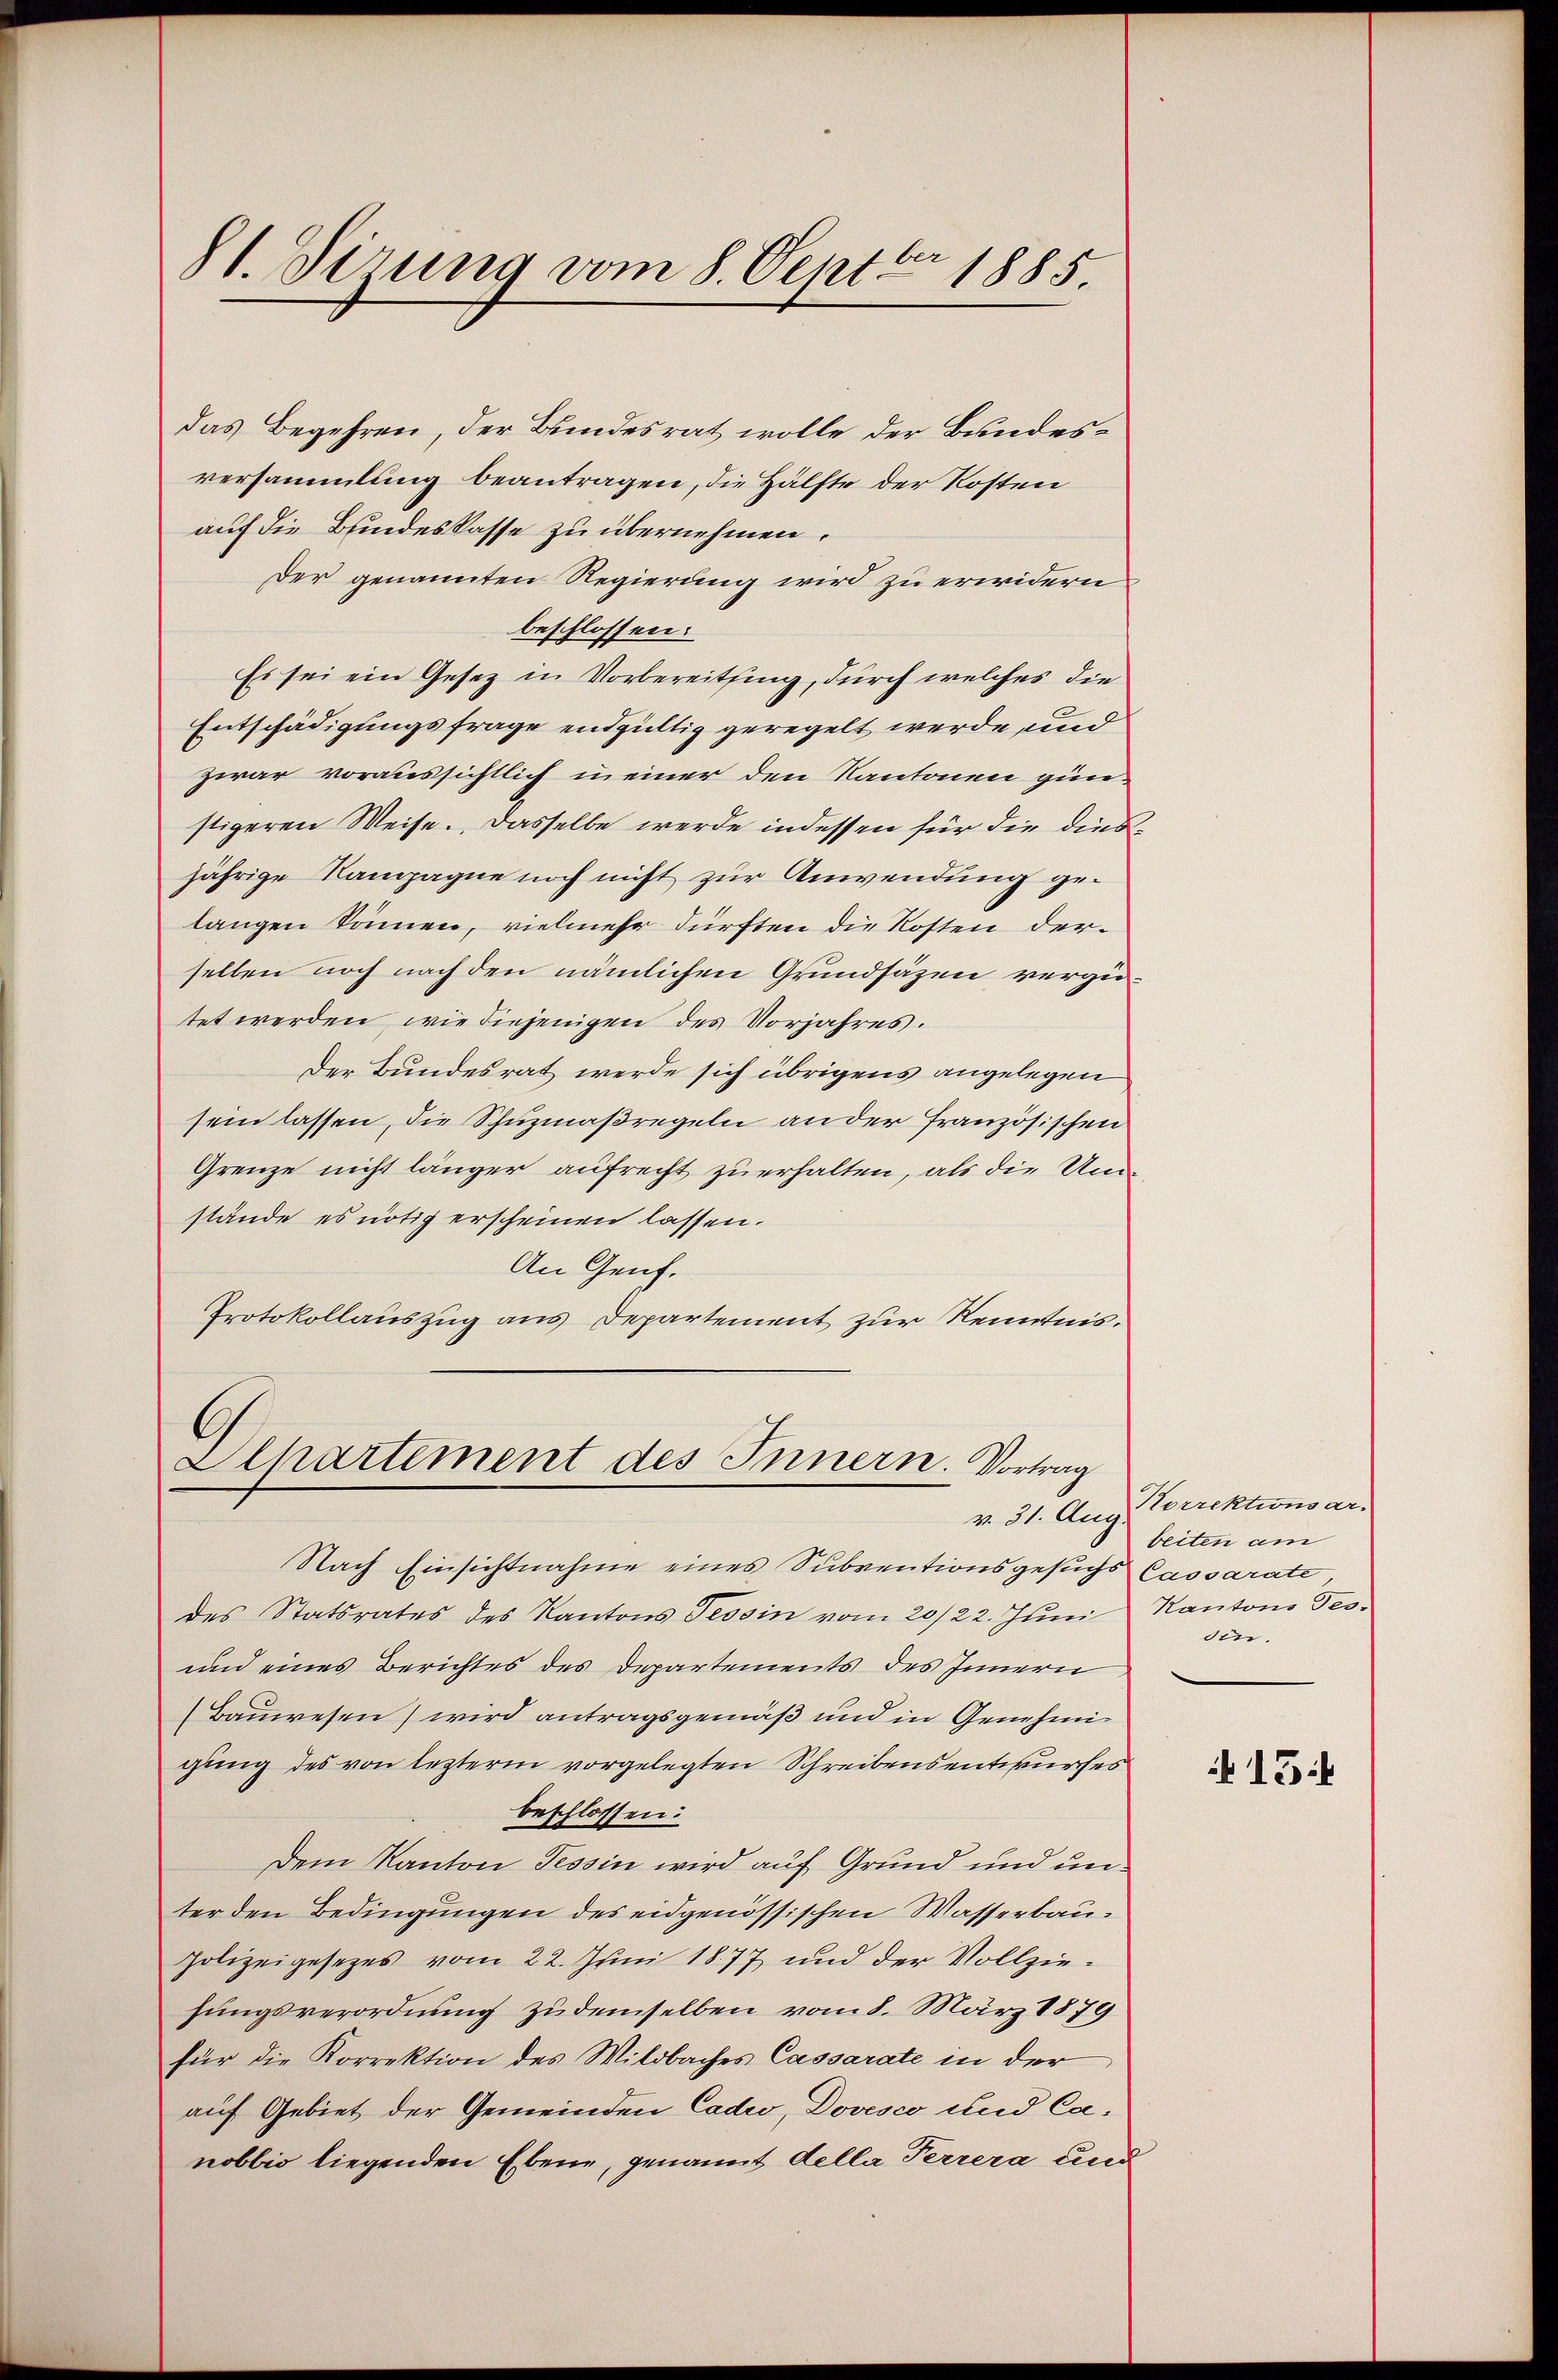
81. Sirung vom 8. Septbr 1885.

das Begehren, der Bundesrat wolle der Bundesversammlung beantragen, die Hälfte der Kosten
auf die Bundeskasse zu übernehmen.
Der genannten Regierung wird zu erwidern
beschlossen:
Es sei ein Gesetz in Vorbereitsing, durch welches die
Entschädigungsfrage endgültig geregelt werde, und
zwar voraussichtlich in einer den Kantonen günstigeren Weise. Dasselbe werde indessen für die diesjährige Nampagne noch nicht zur Anwendung gelangen können, vielmehr dürften die Kosten derselben noch nach den nämlichen Grundsätzen vergütet werden, wie diejenigen des Vorjahres.
Der Bundesrat werde sich übrigens angelegen
sein lassen, die Schuzmaßregeln an der französischen
Grenze nicht länger aufrecht zu erhalten, als die Umstände es nötig erscheinen lassen.
An Genf.
Protokollauszug aus Departement zur Kenntnis.

z
Alhartement des Innern. Vortrag
v. 31. Aug.

Nach Einsichtnahme eines Subventionsgesuchs Cassarate,
des Statsrates des Kantons Tessin vom 20/22. Juni
und eines Berichtes des Departements des Innern
Bauwesen) wird antragsgemäß und in Genehmigung des von lezterm vorgelegten Schreibensentwurfes
beschlossen:
Dem Kanton Tessin wird auf Grund und unter den Bedingungen des eidgenössischen Wasserbau¬
Polizeigesezes vom 22. Juni 1877 und der Vollziehungsverordnung zudemselben vom 8. März 1879
für die Korrektion des Wildbaches Cassarate in der
auf Gebiet der Gemeinden Cadwo, Dovesco und Canobbio liegenden Ebene, genannt della Perrera und

Korrektionsar-
beiten am
Kantons Tes-
din.

15f